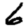
Digit: 6